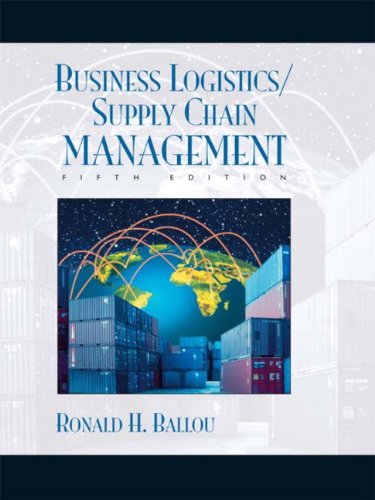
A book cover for Business Logistics/Supply Chain Management and Logware CD Package (5th Edition); Ronald H. Ballou; Business & Money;